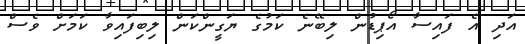
އަދި އެ ފައިސާ އޯޕިޑުން ލިބޭނެ ކަމުގެ ޔަގީންކަން ލިބިފައިވާ ކަމަށް ވެސް